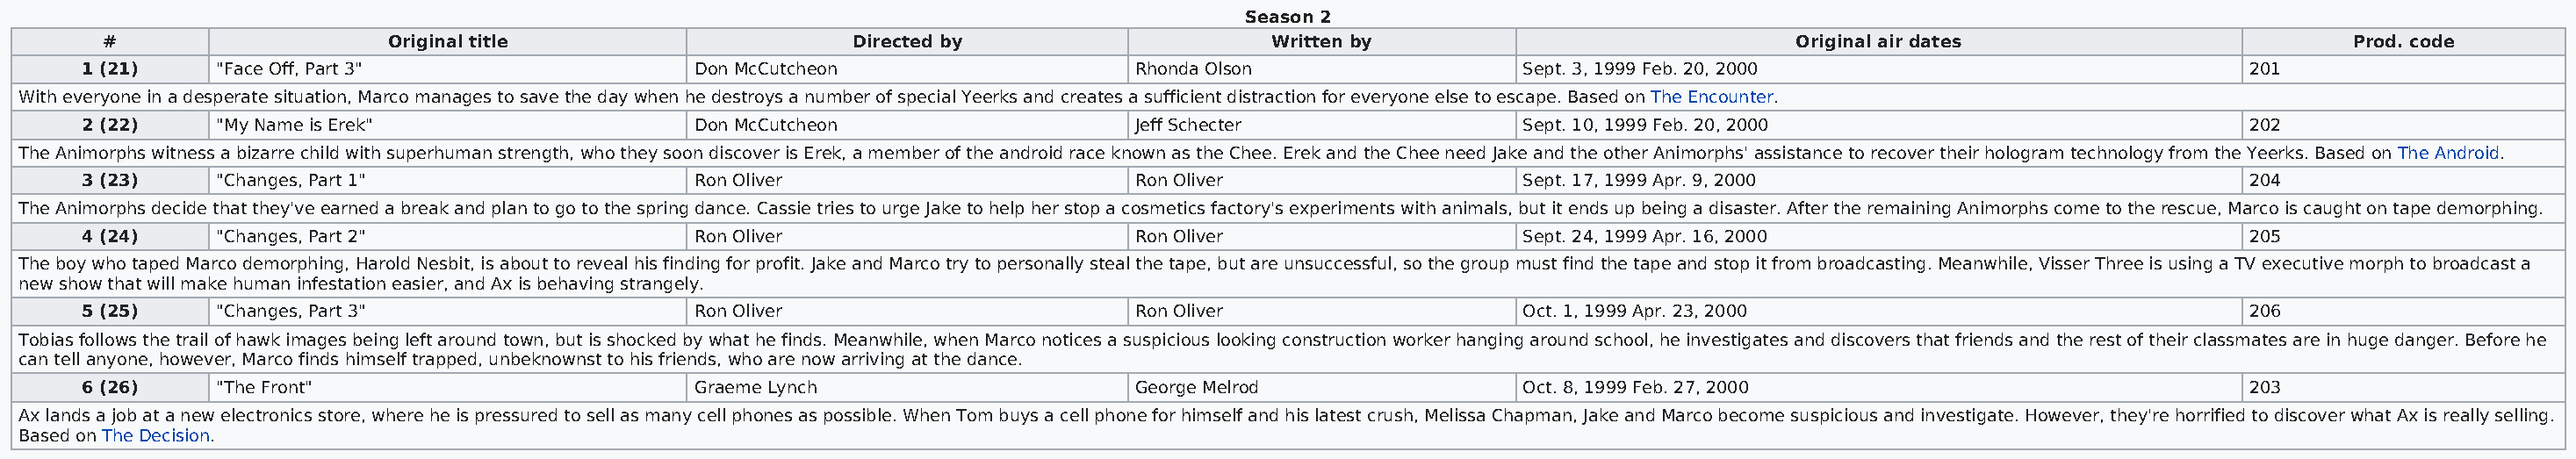
Season 2
 #                    Original title                     Directed by                     Written by                             Original air dates                        Prod. code
 1 (21)    "Face Off, Part 3"                  Don McCutcheon                    Rhonda Olson                 Sept. 3, 1999 Feb. 20, 2000                            201
 With everyone in a desperate situation, Marco manages to save the day when he destroys a number of special Yeerks and creates a sufficient distraction for everyone else to escape. Based on The Encounter.
 2 (22)    "My Name is Erek"                   Don McCutcheon                    Jeff Schecter                Sept. 10, 1999 Feb. 20, 2000                           202
 The Animorphs witness a bizarre child with superhuman strength, who they soon discover is Erek, a member of the android race known as the Chee. Erek and the Chee need Jake and the other Animorphs' assistance to recover their hologram technology from the Yeerks. Based on The Android.
 3 (23)    "Changes, Part 1"                   Ron Oliver                        Ron Oliver                   Sept. 17, 1999 Apr. 9, 2000                            204
 The Animorphs decide that they've earned a break and plan to go to the spring dance. Cassie tries to urge Jake to help her stop a cosmetics factory's experiments with animals, but it ends up being a disaster. After the remaining Animorphs come to the rescue, Marco is caught on tape demorphing.
 4 (24)    "Changes, Part 2"                   Ron Oliver                        Ron Oliver                   Sept. 24, 1999 Apr. 16, 2000                           205
 The boy who taped Marco demorphing, Harold Nesbit, is about to reveal his finding for profit. Jake and Marco try to personally steal the tape, but are unsuccessful, so the group must find the tape and stop it from broadcasting. Meanwhile, Visser Three is using a TV executive morph to broadcast a
 new show that will make human infestation easier, and Ax is behaving strangely.
 5 (25)    "Changes, Part 3"                   Ron Oliver                        Ron Oliver                   Oct. 1, 1999 Apr. 23, 2000                             206
 Tobias follows the trail of hawk images being left around town, but is shocked by what he finds. Meanwhile, when Marco notices a suspicious looking construction worker hanging around school, he investigates and discovers that friends and the rest of their classmates are in huge danger. Before he
 can tell anyone, however, Marco finds himself trapped, unbeknownst to his friends, who are now arriving at the dance.
 6 (26)    "The Front"                         Graeme Lynch                      George Melrod                Oct. 8, 1999 Feb. 27, 2000                             203
 Ax lands a job at a new electronics store, where he is pressured to sell as many cell phones as possible. When Tom buys a cell phone for himself and his latest crush, Melissa Chapman, Jake and Marco become suspicious and investigate. However, they're horrified to discover what Ax is really selling.
 Based on The Decision.